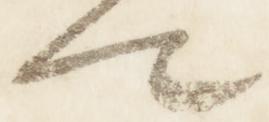
卿